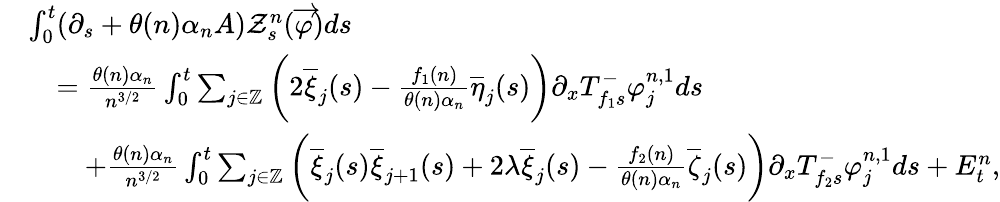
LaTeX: \begin{array}{rl}&{\int_{0}^{t}(\partial_{s}+\theta(n)\alpha_{n}A)\mathcal{Z}_{s}^{n}(\overrightarrow{\varphi})ds}\\ &{\quad=\frac{\theta(n)\alpha_{n}}{n^{3/2}}\int_{0}^{t}\sum_{j\in\mathbb{Z}}\bigg(2\overline{{\xi}}_{j}(s)-\frac{f_{1}(n)}{\theta(n)\alpha_{n}}\overline{{\eta}}_{j}(s)\bigg)\partial_{x}T_{f_{1}s}^{-}\varphi_{j}^{n,1}ds}\\ &{\qquad+\frac{\theta(n)\alpha_{n}}{n^{3/2}}\int_{0}^{t}\sum_{j\in\mathbb{Z}}\bigg(\overline{{\xi}}_{j}(s)\overline{{\xi}}_{j+1}(s)+2\lambda\overline{{\xi}}_{j}(s)-\frac{f_{2}(n)}{\theta(n)\alpha_{n}}\overline{{\zeta}}_{j}(s)\bigg)\partial_{x}T_{f_{2}s}^{-}\varphi_{j}^{n,1}ds+E_{t}^{n},}\end{array}